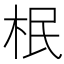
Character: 𣐡